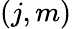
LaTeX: (j,m)